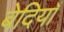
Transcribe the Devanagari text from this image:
बेदियाँ